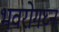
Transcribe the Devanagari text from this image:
भवरोगघ्नं